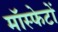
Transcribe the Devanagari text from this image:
मॉस्फेटों